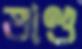
ভাণ্ড